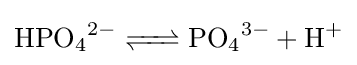
{\ce {HPO4^2- <=> PO4^3- + H+}}